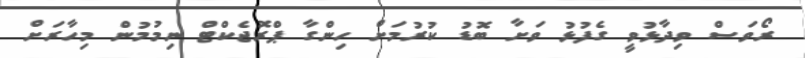
ރޯވަސް ވިދާޅުވީ ގެފުޅު ވަށާ ބޮޑު ކުރުމަށް ހިންގާ ޕްރޮޖެކްޓް ނިމުމުން މިހާރަށް